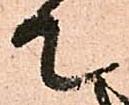
て